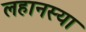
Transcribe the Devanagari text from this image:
लहानस्या